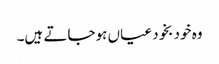
وہ خود بخود عیاں ہوجاتے ہیں۔